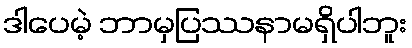
ဒါပေမဲ့ ဘာမှပြဿနာမရှိပါဘူး